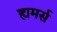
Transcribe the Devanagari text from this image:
ह्यमर्स